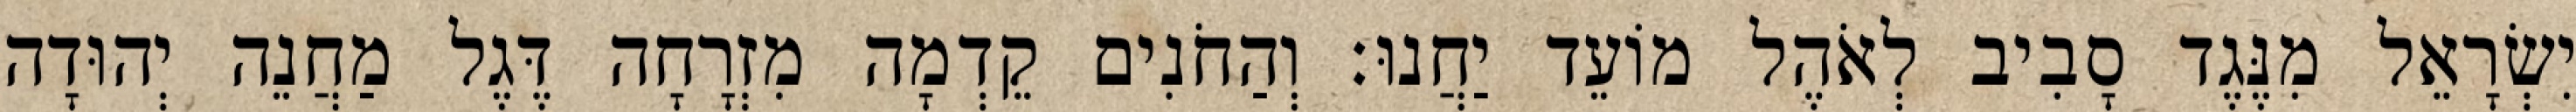
יִשְׂרָאֵל מִנֶּגֶד סָבִיב לְאֹהֶל מוֹעֵד יַחֲנוּ׃ וְהַחֹנִים קֵדְמָה מִזְרָחָה דֶּגֶל מַחֲנֵה יְהוּדָה